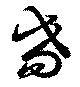
耇